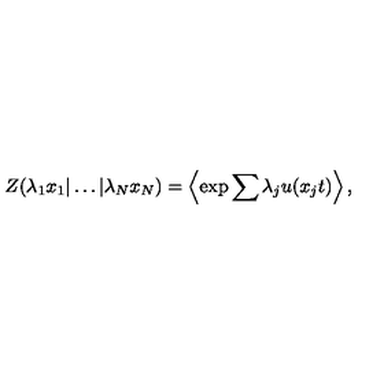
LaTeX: Z ( \lambda _ { 1 } x _ { 1 } | \ldots | \lambda _ { N } x _ { N } ) = \left\langle \exp { \sum { \lambda _ { j } u ( x _ { j } t ) } } \right\rangle ,